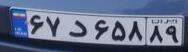
۶۷د۶۵۸۸۹